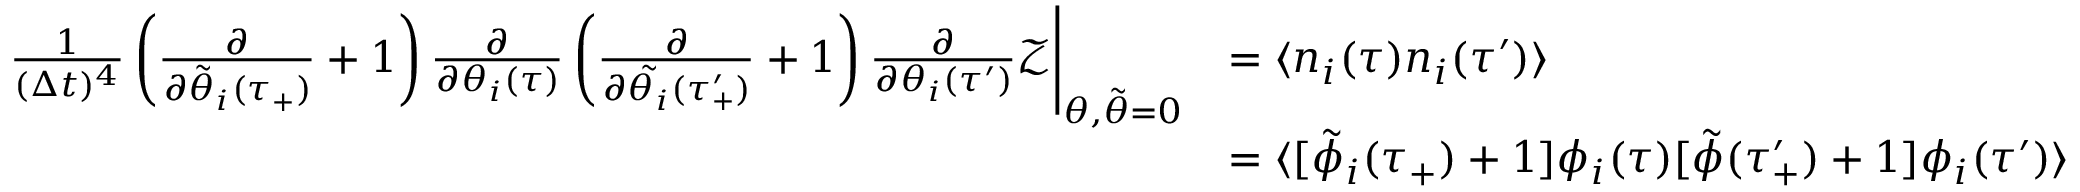
\begin{array} { r l } { \frac { 1 } { ( \Delta t ) ^ { 4 } } \left( \frac { \partial } { \partial \tilde { \theta } _ { i } ( \tau _ { + } ) } + 1 \right) \frac { \partial } { \partial \theta _ { i } ( \tau ) } \left( \frac { \partial } { \partial \tilde { \theta _ { i } } ( \tau _ { + } ^ { \prime } ) } + 1 \right) \frac { \partial } { \partial \theta _ { i } ( \tau ^ { \prime } ) } \mathcal { Z } \Bigg | _ { \theta , \tilde { \theta } = 0 } } & { = \langle n _ { i } ( \tau ) n _ { i } ( \tau ^ { \prime } ) \rangle } \\ & { = \langle [ \tilde { \phi } _ { i } ( \tau _ { + } ) + 1 ] \phi _ { i } ( \tau ) [ \tilde { \phi } ( \tau _ { + } ^ { \prime } ) + 1 ] \phi _ { i } ( \tau ^ { \prime } ) \rangle } \end{array}